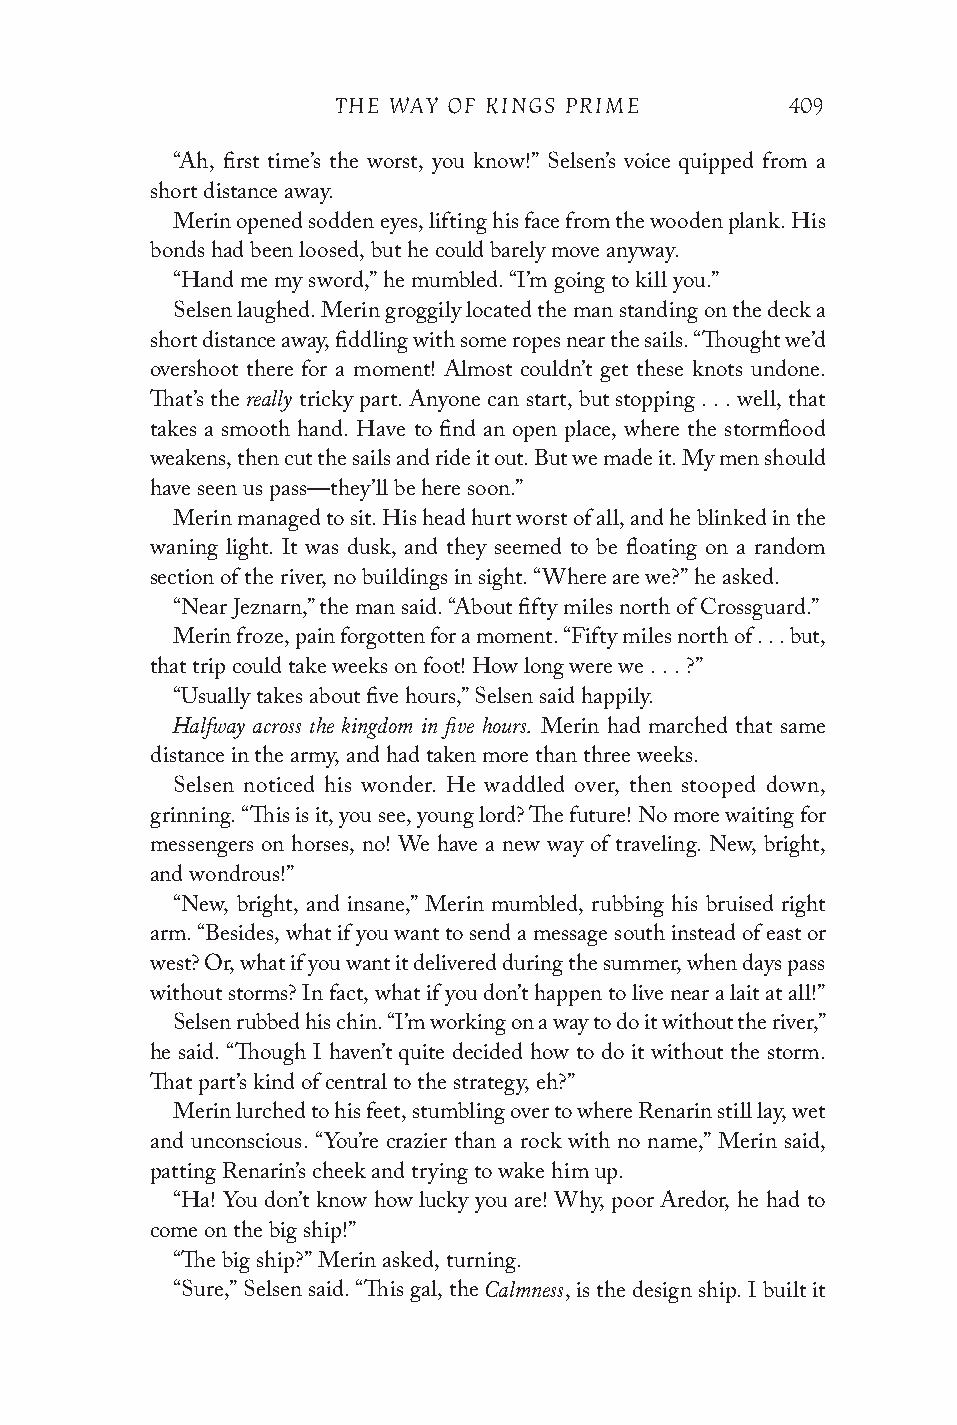
THE WAY OF KINGS PRIME        409
 “Ah, first time’s the worst, you know!” Selsen’s voice quipped from a
 short distance away.
 Merin opened sodden eyes, lifting his face from the wooden plank. His
 bonds had been loosed, but he could barely move anyway.
 “Hand me my sword,” he mumbled. “I’m going to kill you.”
 Selsen laughed. Merin groggily located the man standing on the deck a
 short distance away, fiddling with some ropes near the sails. “Thought we’d
 overshoot there for a moment! Almost couldn’t get these knots undone.
 really
 That’s the tricky part. Anyone can start, but stopping . . . well, that
 takes a smooth hand. Have to find an open place, where the stormflood
 weakens, then cut the sails and ride it out. But we made it. My men should
 have seen us pass—they’ll be here soon.”
 Merin managed to sit. His head hurt worst of all, and he blinked in the
 waning light. It was dusk, and they seemed to be floating on a random
 section of the river, no buildings in sight. “Where are we?” he asked.
 “Near Jeznarn,” the man said. “About fifty miles north of Crossguard.”
 Merin froze, pain forgotten for a moment. “Fifty miles north of . . . but,
 that trip could take weeks on foot! How long were we . . . ?”
 “Usually takes about five hours,” Selsen said happily.
 Halfway across the kingdom in five hours.
 Merin had marched that same
 distance in the army, and had taken more than three weeks.
 Selsen noticed his wonder. He waddled over, then stooped down,
 grinning. “This is it, you see, young lord? The future! No more waiting for
 messengers on horses, no! We have a new way of traveling. New, bright,
 and wondrous!”
 “New, bright, and insane,” Merin mumbled, rubbing his bruised right
 arm. “Besides, what if you want to send a message south instead of east or
 west? Or, what if you want it delivered during the summer, when days pass
 without storms? In fact, what if you don’t happen to live near a lait at all!”
 Selsen rubbed his chin. “I’m working on a way to do it without the river,”
 he said. “Though I haven’t quite decided how to do it without the storm.
 That part’s kind of central to the strategy, eh?”
 Merin lurched to his feet, stumbling over to where Renarin still lay, wet
 and unconscious. “You’re crazier than a rock with no name,” Merin said,
 patting Renarin’s cheek and trying to wake him up.
 “Ha! You don’t know how lucky you are! Why, poor Aredor, he had to
 come on the big ship!”
 “The big ship?” Merin asked, turning.
 Calmness
 “Sure,” Selsen said. “This gal, the , is the design ship. I built it